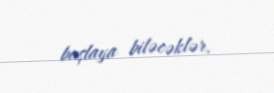
başlaya biləcəklər.